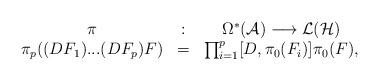
LaTeX: \begin{align*}\begin{array}{ccc} \pi &:& \Omega^*({\cal A}) \longrightarrow {\cal L}({\cal H}) \\ \pi_p((DF_1)...(DF_p)F) &=& \prod_{i=1}^p [D, \pi_0(F_i)] \pi_0(F),\end{array}\end{align*}